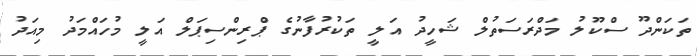
ތަކަންދޫ ސްކޫލު މަދްރަސަތުލް ޝަހީދު އަލީ ތަކުރުފާނުގެ ޕްރިންސިޕަލް އަލީ މުހައްމަދު މިއަދު